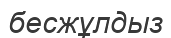
бесжұлдыз